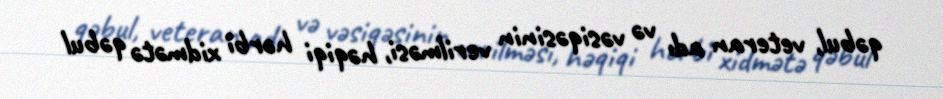
qəbul, veteran adı və vəsiqəsinin verilməsi, həqiqi hərbi xidmətə qəbul